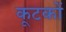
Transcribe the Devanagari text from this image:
कूटकों